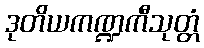
ဒုတိယကဏ္ဍကီသုတ္တံ